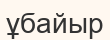
ұбайыр